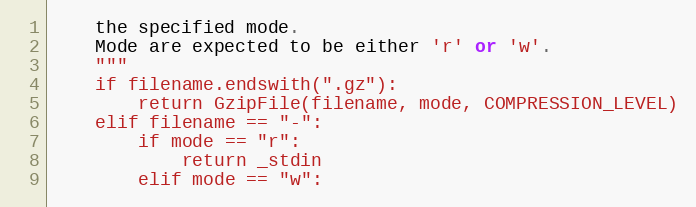
Language: Python
    the specified mode.
    Mode are expected to be either 'r' or 'w'.
    """
    if filename.endswith(".gz"):
        return GzipFile(filename, mode, COMPRESSION_LEVEL)
    elif filename == "-":
        if mode == "r":
            return _stdin
        elif mode == "w":